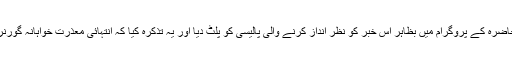
اچانک کامران خان نے جیو کے پیش پیش رہنے والے حالاتِ حاضرہ کے پروگرام میں بظاہر اس خبر کو نظر انداز کرنے والی پالیسی کو پلٹ دیا اور یہ تذکرہ کیا کہ انتہائی معذرت خواہانہ گورنر اویس احمد غنی نے تسلیم کیا ہے کہ اندوہناک غلطی ہوئی ہے۔